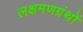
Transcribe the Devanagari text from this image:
लक्षमणग्रंथों